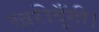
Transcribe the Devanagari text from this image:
खरीदूँगी।